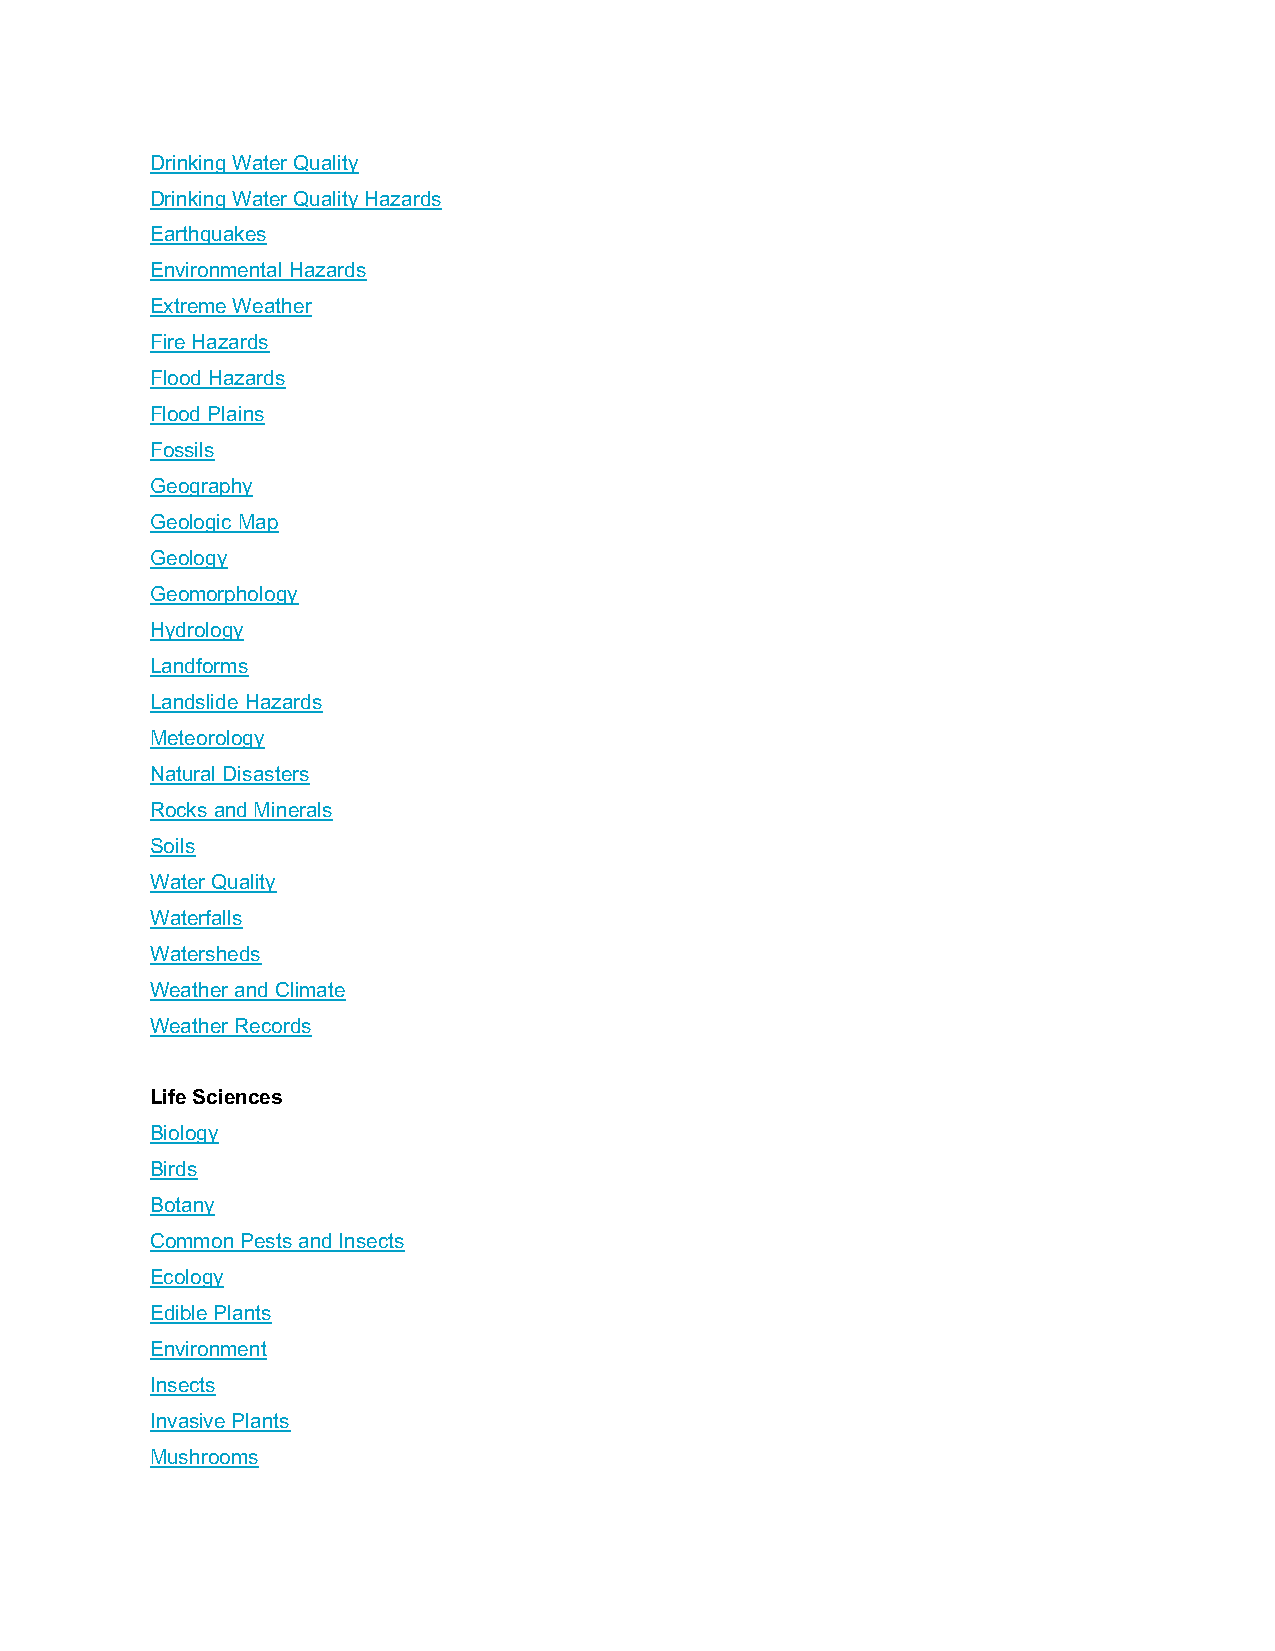
Drinking Water Quality
 Drinking Water Quality Hazards
 Earthquakes
 Environmental Hazards
 Extreme Weather
 Fire Hazards
 Flood Hazards
 Flood Plains
 Fossils
 Geography
 Geologic Map
 Geology
 Geomorphology
 Hydrology
 Landforms
 Landslide Hazards
 Meteorology
 Natural Disasters
 Rocks and Minerals
 Soils
 Water Quality
 Waterfalls
 Watersheds
 Weather and Climate
 Weather Records
 Life Sciences
 Biology
 Birds
 Botany
 Common Pests and Insects
 Ecology
 Edible Plants
 Environment
 Insects
 Invasive Plants
 Mushrooms